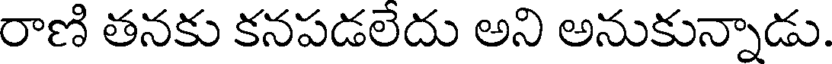
రాణి తనకు కనపడలేదు అని అనుకున్నాడు.